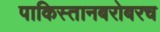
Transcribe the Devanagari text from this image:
पाकिस्तानबरोबरच